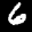
Label: 6